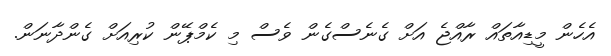
އެހެން މީޑިއާތައް ރާއްޖެ އަށް ގެނެސްގެން ވެސް މި ކެމްޕޭން ކުރިއަށް ގެންދާނަން.